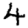
Digit: 4